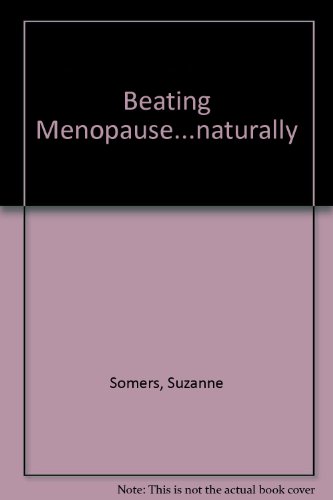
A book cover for Beating Menopause naturally; Suzanne Somers; Health, Fitness & Dieting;